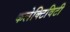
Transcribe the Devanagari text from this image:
कलेक्टिविटी